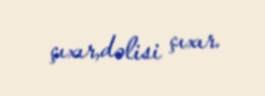
çıxır,dəlisi çıxır.